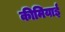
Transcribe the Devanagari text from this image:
कीमियाई